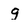
Character: g